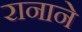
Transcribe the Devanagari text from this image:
रानाने